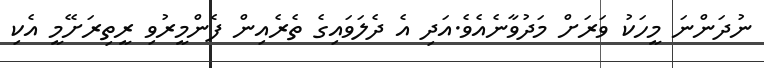
ނުދަންނަ މީހަކު ވަރަށް މަދުވާނެއެވެ.އަދި އެ ދެލަވައިގެ ތެރެއިން ފެންމީރުވި ރީތިރަށޭމީ އެކި